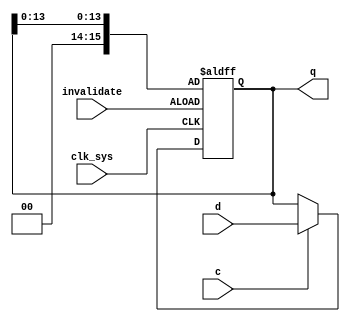
// This program was cloned from: https://github.com/jakubfi/mera400f
// License: GNU General Public License v2.0

// Instruction register (IR)

module ir(
	input clk_sys,
	input [0:15] d,
	input c,
	input invalidate,
	output reg [0:15] q
);

	// NOTE: in the original design, -SI1 drives open-collector buffers which
	// short ir[0:1] 7475 outputs to ground, causing reset of the two most significant bits of IR.
	// This is a way of 'disabling' instruction decoder so it doesn't send -LIP/-SP
	// signals to interrupt control loop when serving 'invalid instruction' interrupt caused
	// by LIP/SP instructions executed in user program. Here we just reset two bits in IR.

	always @ (posedge clk_sys, posedge invalidate) begin
		if (invalidate) q[0:1] <= 2'd0;
		else if (c) q <= d;
	end

endmodule

// vim: tabstop=2 shiftwidth=2 autoindent noexpandtab